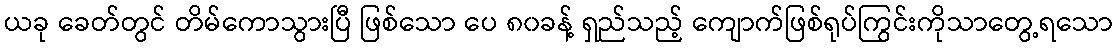
ယခု ခေတ်တွင် တိမ်ကောသွားပြီ ဖြစ်သော ပေ ၈၀ခန့် ရှည်သည့် ကျောက်ဖြစ်ရုပ်ကြွင်းကိုသာတွေ့ရသော